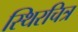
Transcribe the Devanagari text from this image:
स्थिरचित्र